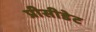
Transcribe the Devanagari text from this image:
प्रीसीडेट